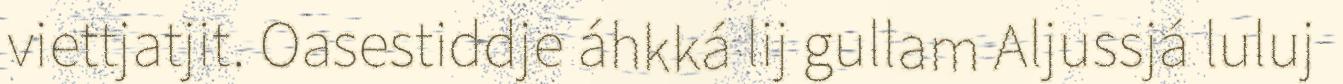
viettjatjit. Oasestiddje áhkká lij gullam Aljussjá luluj